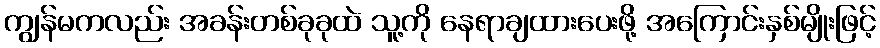
ကျွန်မကလည်း အခန်းတစ်ခုခုထဲ သူ့ကို နေရာချထားပေးဖို့ အကြောင်းနှစ်မျိုးဖြင့်